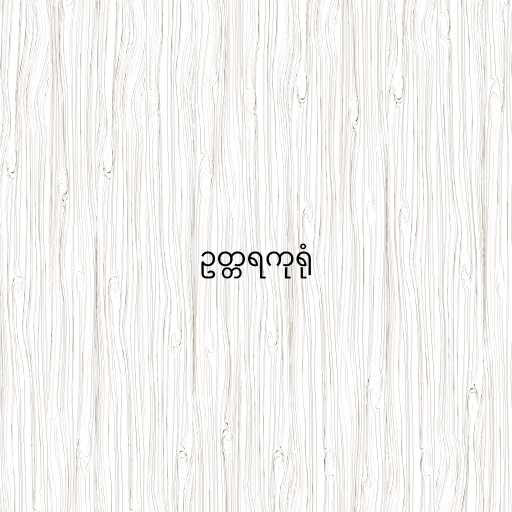
ဥတ္တရကုရုံ